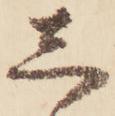
し